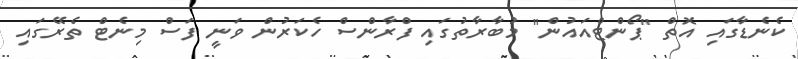
ކެނެޑާގައި އޮތް "ޕޯންޓްއައުން" މުބާރާތުގައި ފްރާންސް ހެކަރުން ވަނީ ފަސް މިނެޓް ތެރޭގައި